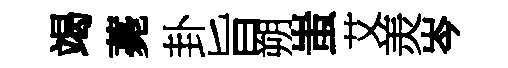
竭薧卦旨朔蚩艾羙岑